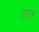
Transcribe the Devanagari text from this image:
शेनर